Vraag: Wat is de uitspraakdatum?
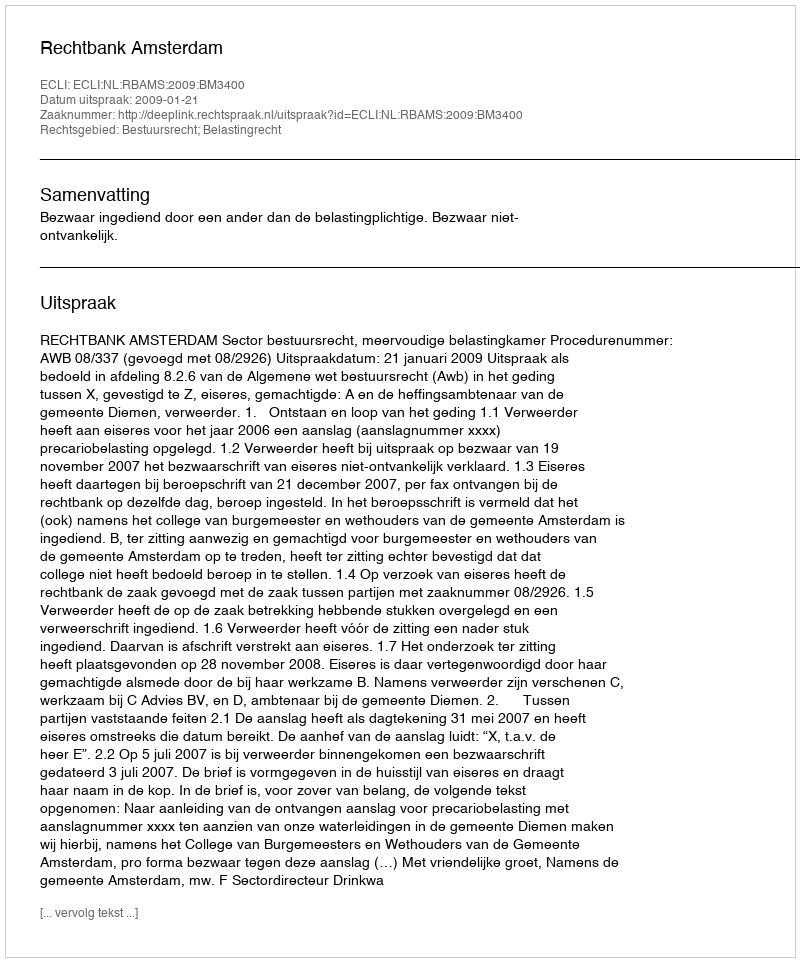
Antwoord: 2009-01-21